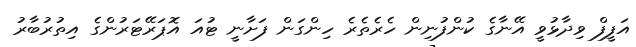
އަފީފް ވިދާޅުވީ އޭނާގެ ކުންފުނިން ހެރެތެރެ ހިންގަން ފަށާނީ ޓުއަ އޮޕަރޭޓަރުންގެ އިތުރުބާރު